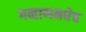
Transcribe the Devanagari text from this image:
गव्हाणमधेच